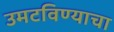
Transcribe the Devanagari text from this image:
उमटविण्याचा